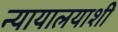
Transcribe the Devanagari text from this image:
न्यायालयाशी